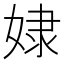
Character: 𡝯